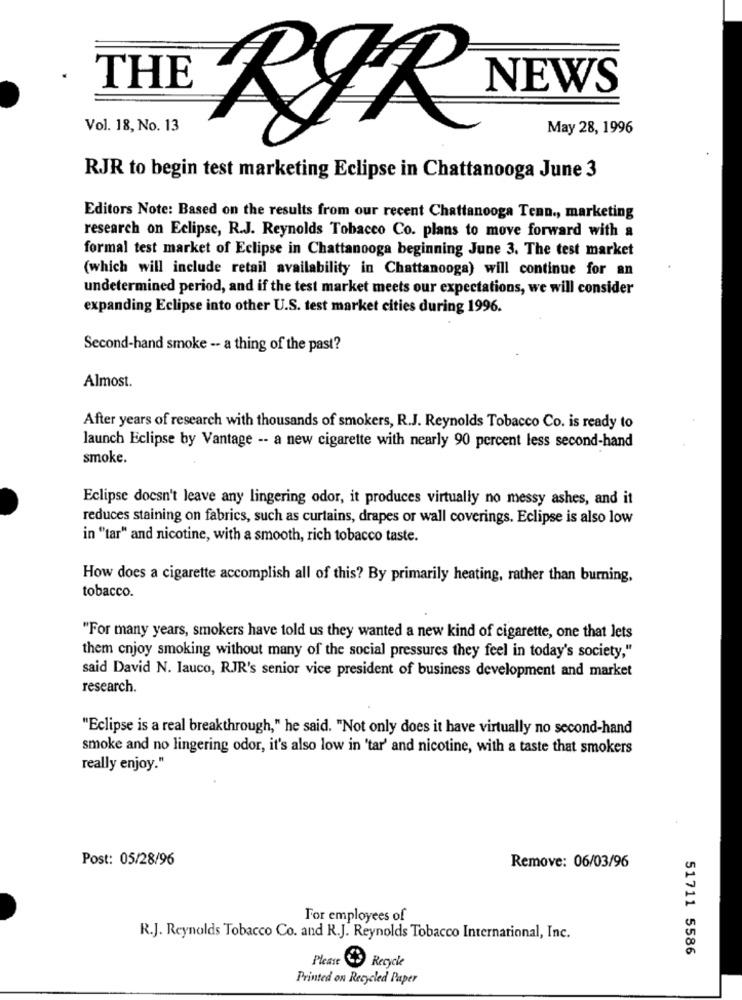
THE
NEWS
Vol. 18, No. 13
May 28, 1996
RØR
RJR to begin test marketing Eclipse in Chattanooga June 3
Editors Note: Based on the results from our recent Chattanooga Tenn ., marketing
research on Eclipse, R.J. Reynolds Tobacco Co. plans to move forward with a
formal test market of Eclipse in Chattanooga beginning June 3. The test market
(which will include retail availability in Chattanooga) will continue for an
undetermined period, and if the test market meets our expectations, we will consider
expanding Eclipse into other U.S. test market cities during 1996.
Second-hand smoke -- a thing of the past?
Almost.
After years of research with thousands of smokers, R.J. Reynolds Tobacco Co. is ready to
launch Eclipse by Vantage -- a new cigarette with nearly 90 percent less second-hand
smoke.
Eclipse doesn't leave any lingering odor, it produces virtually no messy ashes, and it
reduces staining on fabrics, such as curtains, drapes or wall coverings. Eclipse is also low
in "tar" and nicotine, with a smooth, rich tobacco taste.
How does a cigarette accomplish all of this? By primarily heating, rather than burning,
tobacco.
"For many years, smokers have told us they wanted a new kind of cigarette, one that lets
them enjoy smoking without many of the social pressures they feel in today's society,"
said David N. Iauco, RJR's senior vice president of business development and market
research.
"Eclipse is a real breakthrough," he said. "Not only does it have virtually no second-hand
smoke and no lingering odor, it's also low in 'tar' and nicotine, with a taste that smokers
really enjoy."
Post: 05/28/96
Remove: 06/03/96
For employees of
R.J. Reynolds Tobacco Co. and R.J. Reynolds Tobacco International, Inc.
51711 5586
Please Recycle
Printed on Recycled Paper